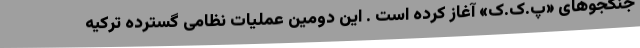
جنگجوهای «پ.ک.ک» آغاز کرده است . این دومین عملیات نظامی گسترده ترکیه